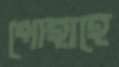
পোহাহে